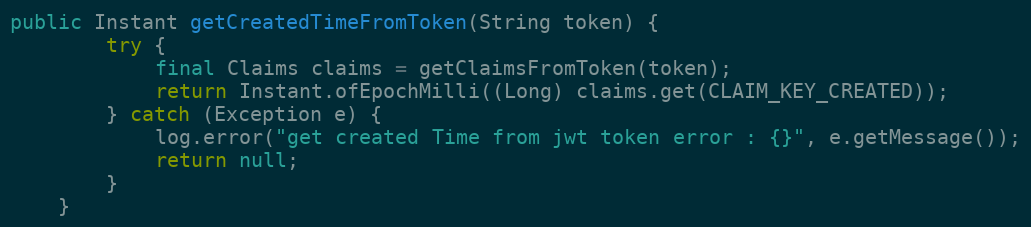
Language: Java
public Instant getCreatedTimeFromToken(String token) {
        try {
            final Claims claims = getClaimsFromToken(token);
            return Instant.ofEpochMilli((Long) claims.get(CLAIM_KEY_CREATED));
        } catch (Exception e) {
            log.error("get created Time from jwt token error : {}", e.getMessage());
            return null;
        }
    }